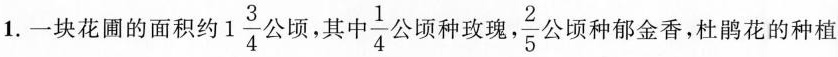
1.一块花圃的面积约1\frac{3}{4}公顷，其中\frac{1}{4}顷种玫瑰，\frac{2}{5}公顷种郁金香，杜鹃花的种植